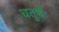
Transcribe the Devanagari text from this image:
चतुर्थः